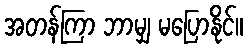
အတန်ကြာ ဘာမျှ မပြောနိုင်။